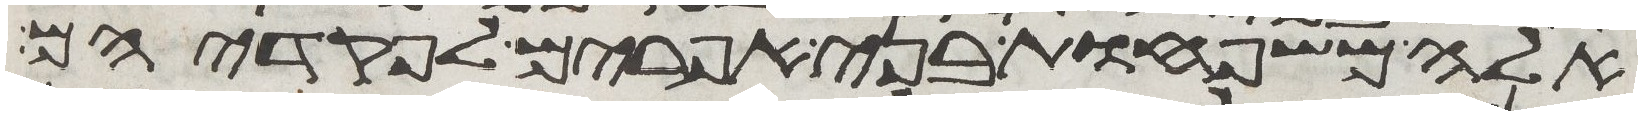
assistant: אלה משפחות בני אפרים לפקדיהם